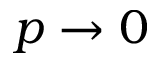
p \rightarrow 0